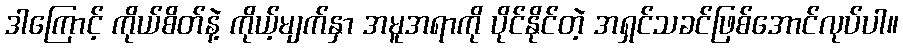
ဒါကြောင့် ကိုယ်စိတ်နဲ့ ကိုယ့်မျက်နှာ အမူအရာကို ပိုင်နိုင်တဲ့ အရှင်သခင်ဖြစ်အောင်လုပ်ပါ။